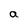
Character: a